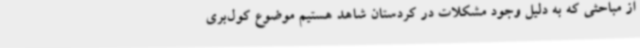
از مباحثی که به دلیل وجود مشکلات در کردستان شاهد هستیم موضوع کول‌بری